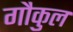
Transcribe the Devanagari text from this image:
गौकुल